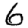
Digit: 6